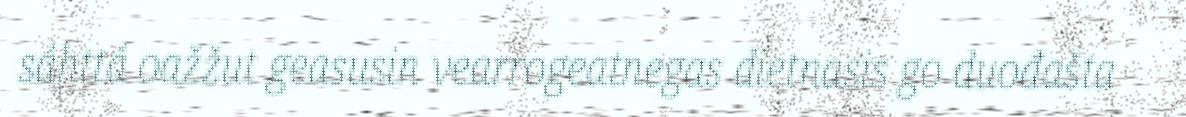
sáhttá oažžut geasusin vearrogeatnegas dietnasis go duođašta